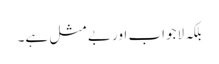
بلکہ لاجواب اور بے مثل ہے۔